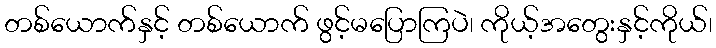
တစ်ယောက်နှင့် တစ်ယောက် ဖွင့်မပြောကြပဲ၊ ကိုယ့်အတွေးနှင့်ကိုယ်၊